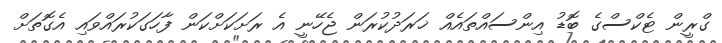
ގްރީން ޓެކްސްގެ ބޮޑު އިންސައްތައެއް ޚަރަދުކުރަން ޖެހޭނީ އެ ރަށަކަށްކަން ފާހަގަކުރައްވައި އެގޮތަށް